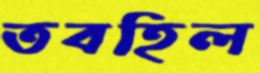
তবহিল